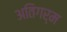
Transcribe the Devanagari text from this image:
अतिगर्म